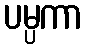
ပမ္ပကာ